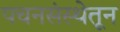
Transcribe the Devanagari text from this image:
पचनसंस्थेतून